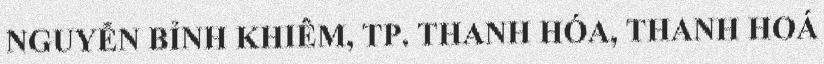
NGUYỄN BỈNH KHIÊM, TP. THANH HÓA, THANH HOÁ